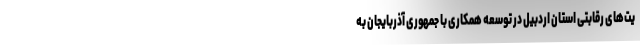
یت‌های رقابتی استان اردبیل در توسعه همکاری با جمهوری آذربایجان به